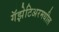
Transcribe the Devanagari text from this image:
गॅझेटिअरमधील